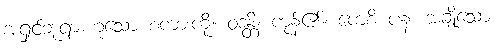
အရှင်ဘုရားဟူသော စကားကို။ ဝဒန္တိ၊ ကုန်၏။ ကေစိ ပန၊ အချို့သော